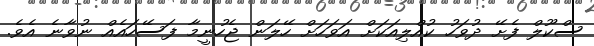
ސްކޫލް ފެށޭ ދުވަހު ކުއްލިއަކަށް އަވަހަށް ހޭލަން ޖެހުނީމާ ފަސޭހައެއް ނުވާނެ އެވެ.